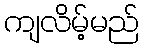
ကျလိမ့်မည်